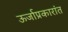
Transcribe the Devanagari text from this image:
ऊर्जाप्रकारांत